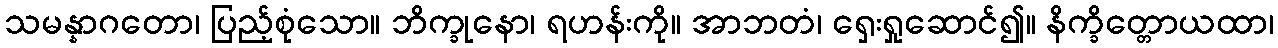
သမန္နာဂတော၊ ပြည့်စုံသော။ ဘိက္ခုနော၊ ရဟန်းကို။ အာဘတံ၊ ရှေးရှုဆောင်၍။ နိက္ခိတ္တောယထာ၊